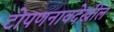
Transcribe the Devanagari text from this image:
टोपणनावदेखील